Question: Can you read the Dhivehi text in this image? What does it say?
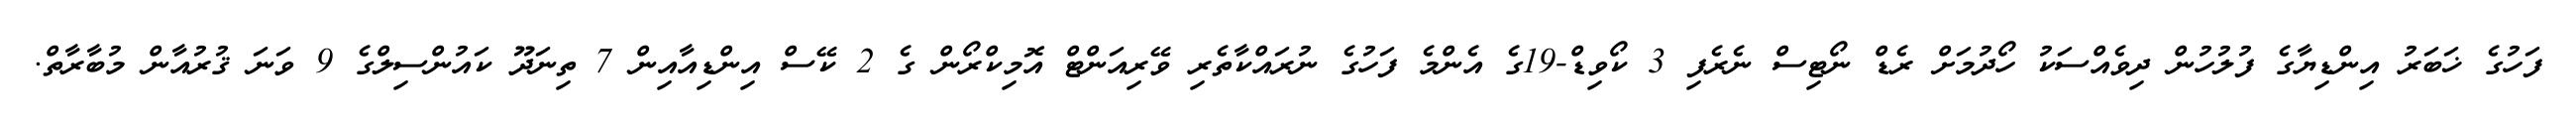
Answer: ފަހުގެ ޚަބަރު އިންޑިޔާގެ ފުލުހުން ދިވެއްސަކު ހޯދުމަށް ރެޑް ނޯޓިސް ނެރެފި 3 ކޯވިޑް-19ގެ އެންމެ ފަހުގެ ނުރައްކާތެރި ވޭރިއަންޓް އޮމިކްރޯން ގެ 2 ކޭސް އިންޑިއާއިން 7 ތިނަދޫ ކައުންސިލްގެ 9 ވަނަ ޤުރުއާން މުބާރާތް.